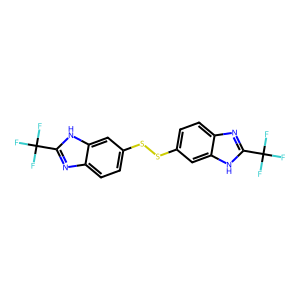
SMILES: FC(F)(F)c1nc2ccc(SSc3ccc4nc(C(F)(F)F)[nH]c4c3)cc2[nH]1
Inhibits HIV replication: No